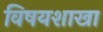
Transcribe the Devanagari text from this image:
विषयशाखा